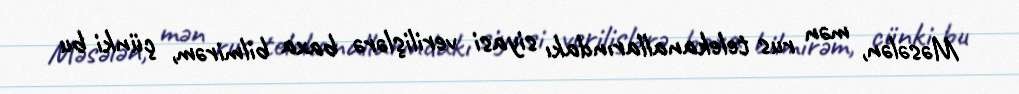
Məsələn, mən rus telekanallarındakı siyasi verilişlərə baxa bilmirəm, çünki bu